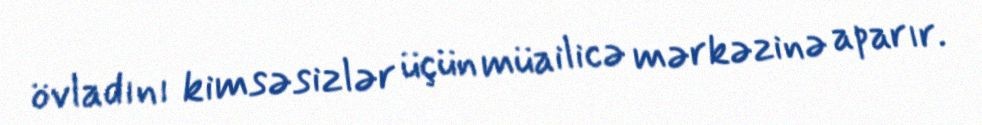
övladını kimsəsizlər üçün müailicə mərkəzinə aparır.